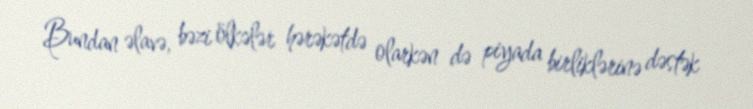
Bundan əlavə, bəzi ölkələr hərəkətdə olarkən də piyada birliklərinə dəstək